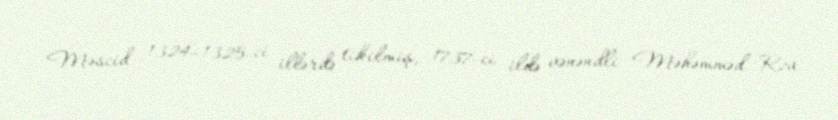
Məscid 1324–1325-ci illərdə tikilmiş, 1737-ci ildə vənəndli Məhəmməd Rza